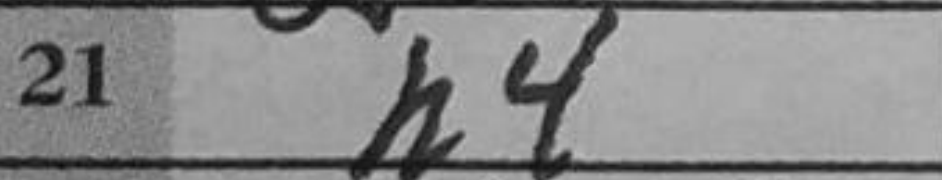
Transcription: h4